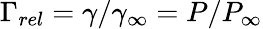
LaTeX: \Gamma_{rel}=\gamma/\gamma_{\infty}=P/P_{\infty}